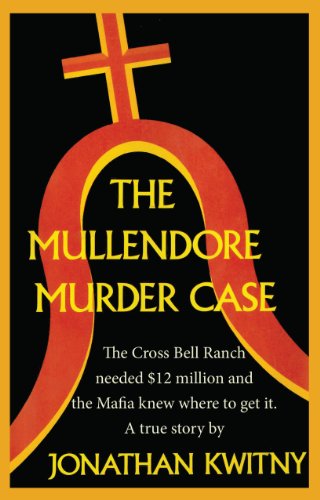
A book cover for The Mullendore Murder Case; Jonathan Kwitny; Biographies & Memoirs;